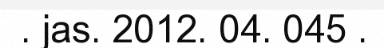
. jas. 2012. 04. 045 .